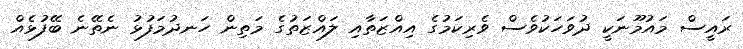
ރައީސް މައުމޫނަކީ ދުވަހަކުވެސް ވެރިކަމުގެ އިއްޒަތާއި ލައްޒަތުގެ މަތިން ހަނދުމަފުޅު ނެތޭނެ ބޭފުޅެއް